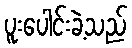
ပူးပေါင်းခဲ့သည်